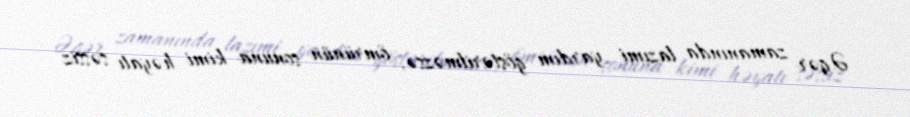
Əgər zamanında lazımi yardım göstərilməzsə, ömrünün sonuna kimi həyatı səssiz